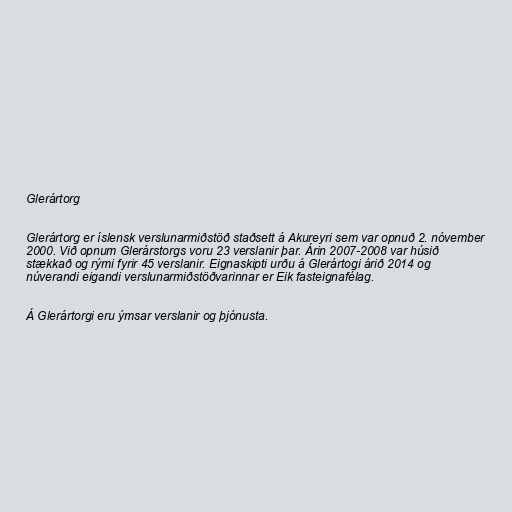
Glerártorg

Glerártorg er íslensk verslunarmiðstöð staðsett á Akureyri sem var opnuð 2. nóvember
2000. Við opnum Glerárstorgs voru 23 verslanir þar. Árin 2007-2008 var húsið
stækkað og rými fyrir 45 verslanir. Eignaskipti urðu á Glerártogi árið 2014 og
núverandi eigandi verslunarmiðstöðvarinnar er Eik fasteignafélag.

Á Glerártorgi eru ýmsar verslanir og þjónusta.